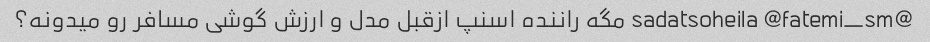
@sadatsoheila @fatemi_sm مگه راننده اسنپ ازقبل مدل و ارزش گوشی مسافر رو میدونه؟